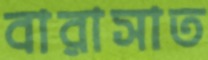
বারাসাত